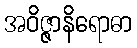
အဝိဇ္ဇာနိရောဓာ